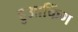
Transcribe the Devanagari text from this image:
हुआकिंग